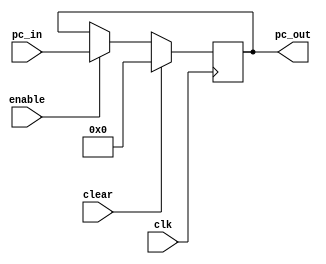
`timescale 1ns / 1ps
//////////////////////////////////////////////////////////////////////////////////
// Company: 
// Engineer: 
// 
// Design Name: 
// Module Name: pc
// Project Name: 
// Target Devices: 
// Tool Versions: 
// Description: 
// 
// Dependencies: 
// 
// Revision:
// Revision 0.01 - File Created
// Additional Comments:
// 
//////////////////////////////////////////////////////////////////////////////////


module pc(
    input clk,
    input clear,
    input enable,   
    input [31:0] pc_in,
    output reg [31:0] pc_out
    );
    initial 
    begin
        pc_out <= 0;
    end
    always@(posedge clk)
    begin
        if(clear)
            pc_out<=0;
        else if(enable)
            pc_out<=pc_in;
    end
endmodule